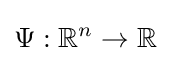
\Psi :\mathbb {R} ^{n}\to \mathbb {R}